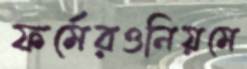
ফর্মেরওনিয়মে